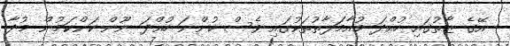
އޭގެ ޒާތުގައި ހުއްދަ މުއާމަލާތުތަކުގައި ވެސް ހުންނަ ހުއްދަ ނޫން ކަންކަމުން މުދާ